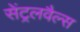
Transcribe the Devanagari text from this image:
सेंट्रलवैल्स